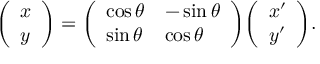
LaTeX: { \left( \begin{array} { l } { x } \\ { y } \end{array} \right) } = { \left( \begin{array} { l l } { \cos \theta } & { - \sin \theta } \\ { \sin \theta } & { \cos \theta } \end{array} \right) } { \left( \begin{array} { l } { x ^ { \prime } } \\ { y ^ { \prime } } \end{array} \right) } .